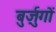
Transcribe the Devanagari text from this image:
बुर्ज़ुगों